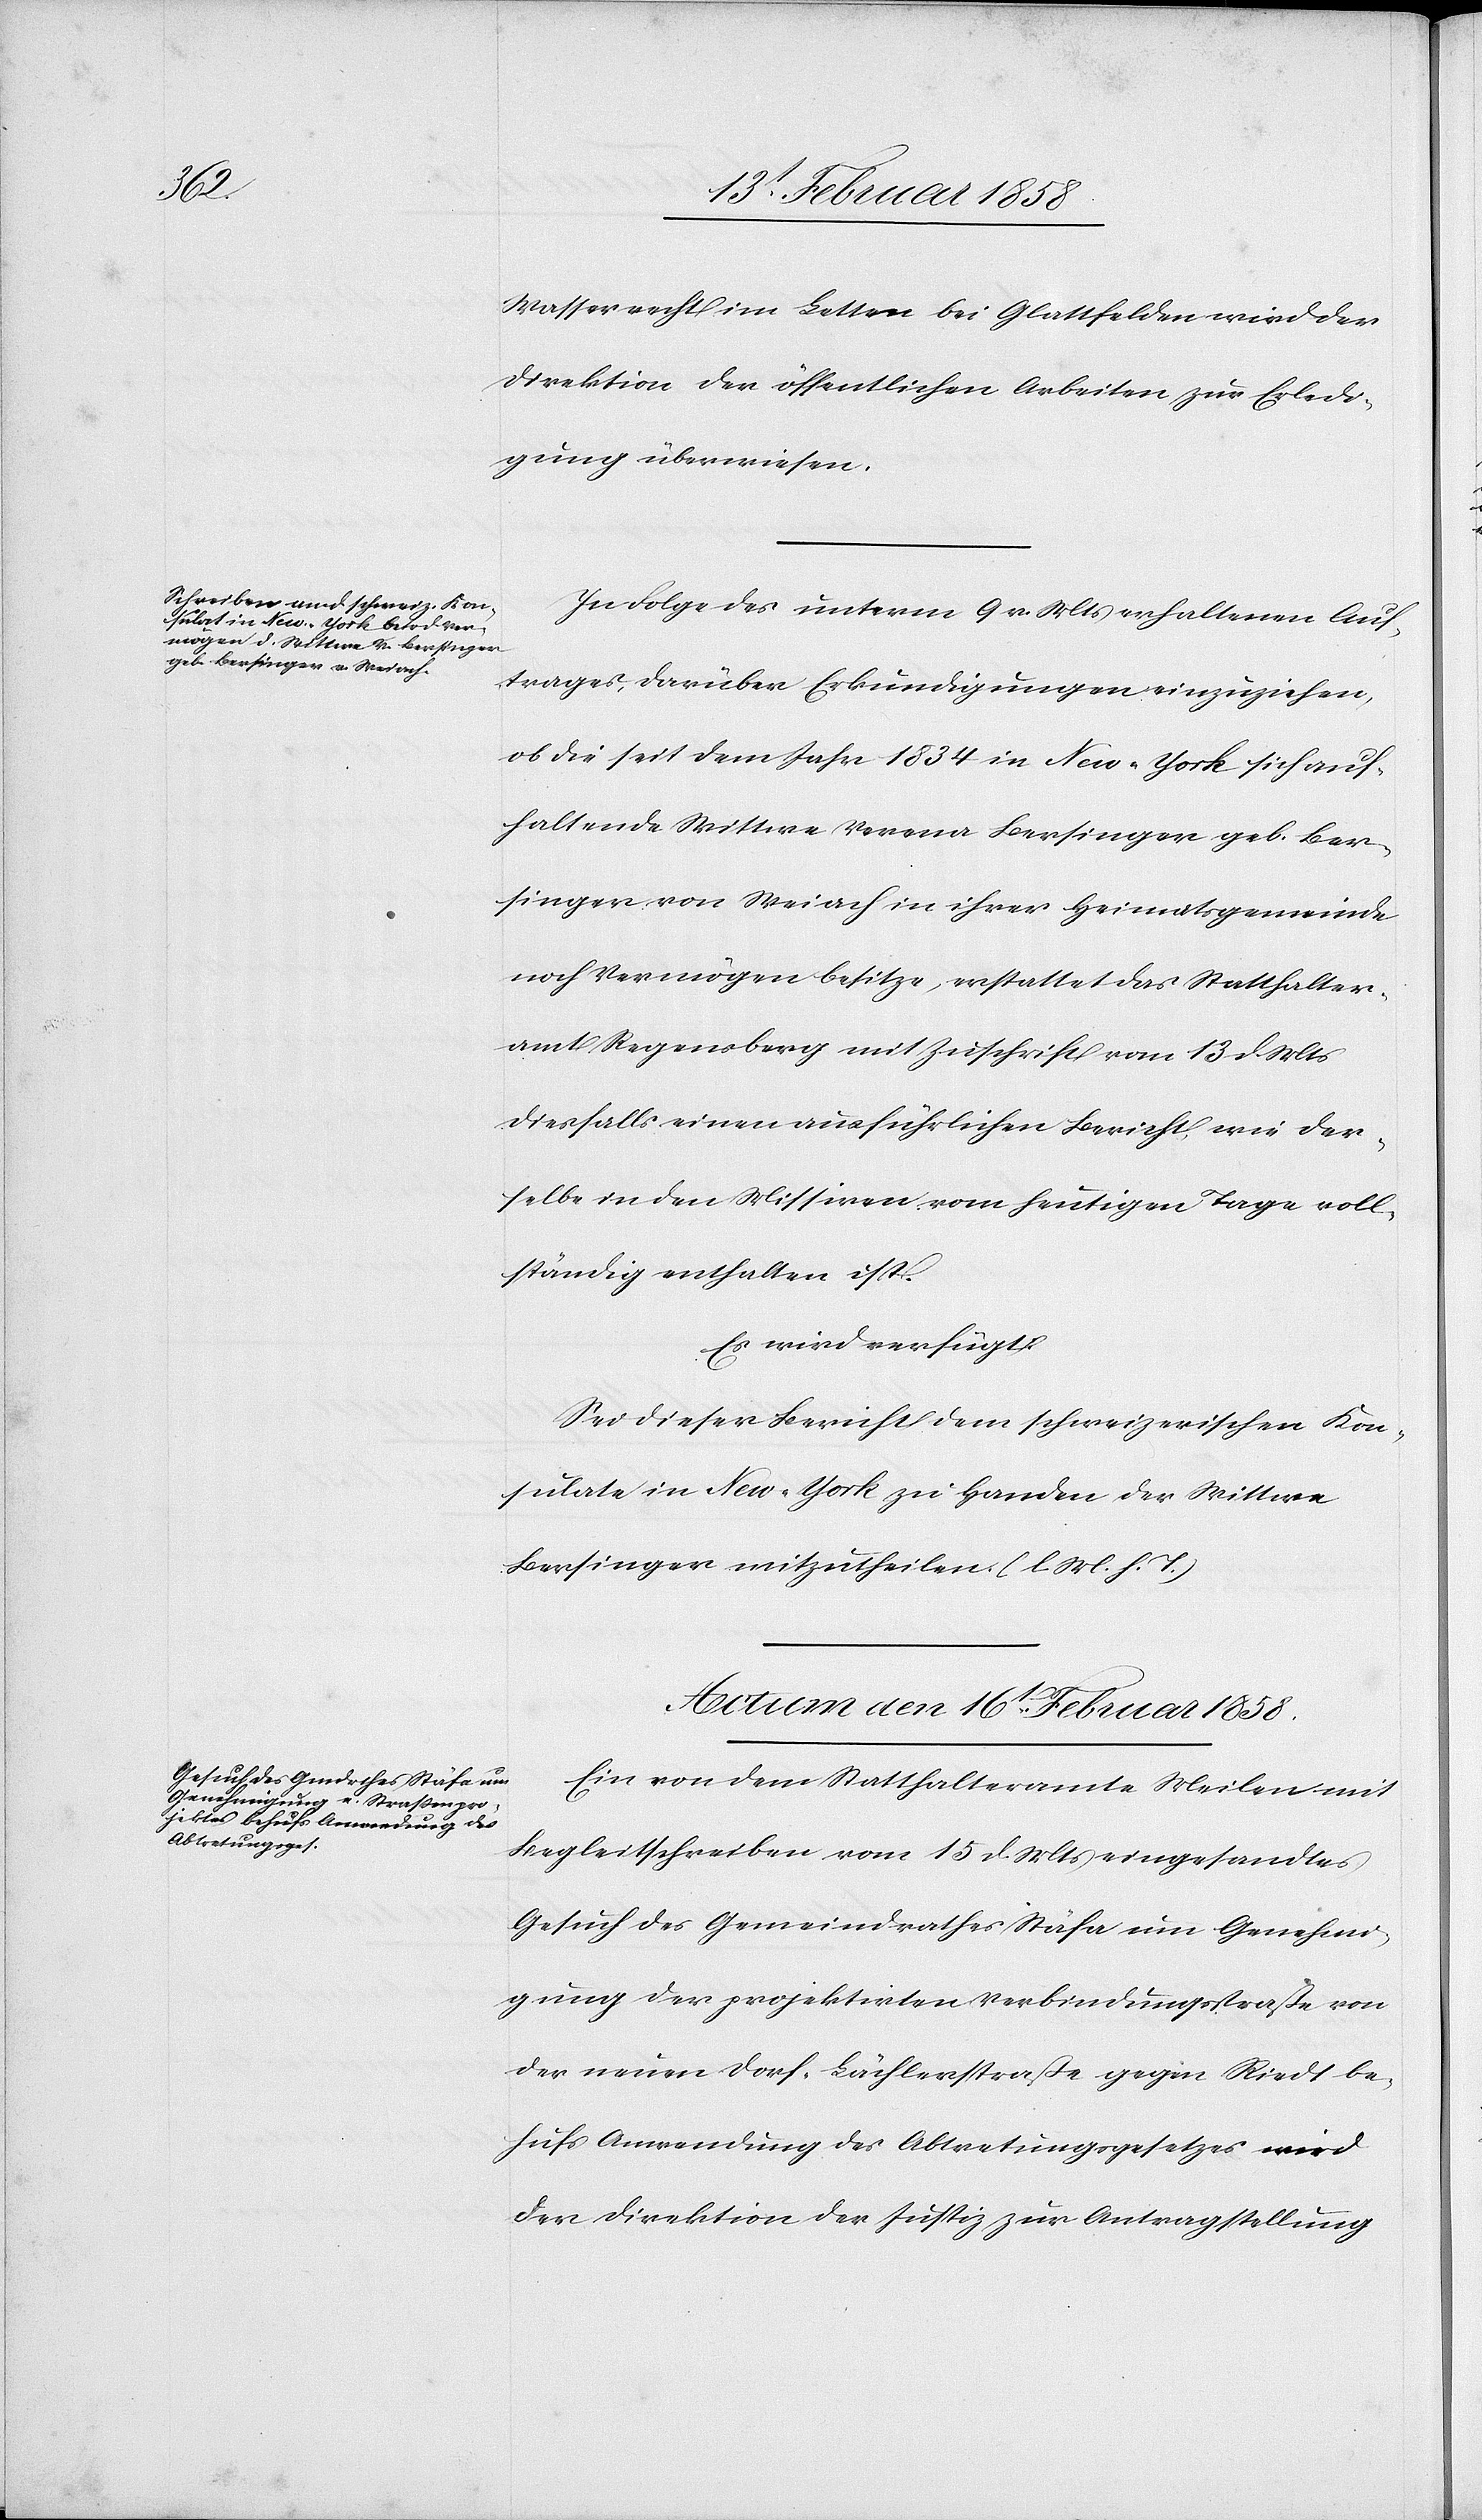
Wasserrecht im Letten bei Glattfelden wird der
Direktion der öffentlichen Arbeiten zur Erledi¬
gung überwiesen.
In Folge des unterm 9 v. Mts erhaltenen Auf¬
trages, darüber Erkundigungen einzuziehen,
ob die seit dem Jahr 1834 in New-York sich auf¬
haltende Wittwe Verena Bersinger geb. Ber¬
singer von Weiach in ihrer Heimatsgemeinde
noch Vermögen besitze, erstattet das Statthalter¬
amt Regensberg mit Zuschrift vom 13 d. Mts
diesfalls einen ausführlichen Bericht, wie der¬
selbe in den Missiven vom heutigen Tage voll¬
ständig enthalten ist.
Actum den 16t Februar 1858.
Ein von dem Statthalteramte Meilen mit
Begleitschreiben vom 15 d. Mts eingesandtes
Gesuch des Gemeindrathes Stäfa um Genehmi¬
gung der projektirten Verbindungsstraße von
der neuen Dorf-Lächlerstraße gegen Riedt be¬
hufs Anwendung des Abtretungsgesetzes wird
der Direktion der Justiz zur Antragstellung